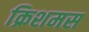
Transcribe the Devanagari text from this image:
क्रिशमस